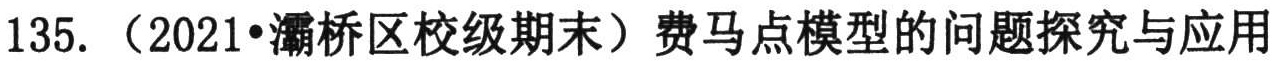
135. （2021•灞桥区校级期末）费马点模型的问题探究与应用